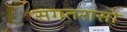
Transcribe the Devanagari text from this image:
सगतरासो